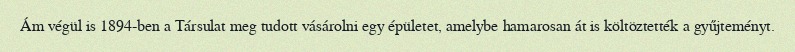
Ám végül is 1894-ben a Társulat meg tudott vásárolni egy épületet, amelybe hamarosan át is költöztették a gyűjteményt.